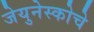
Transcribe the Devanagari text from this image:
जेयुनेस्कोचे